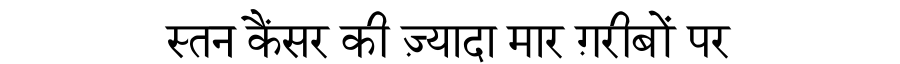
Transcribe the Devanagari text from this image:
स्तन कैंसर की ज़्यादा मार ग़रीबों पर